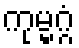
ကုမ္မဂ္ဂံ